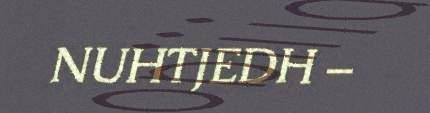
NUHTJEDH –